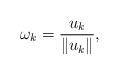
LaTeX: \begin{align*} \omega_k = \frac{u_k}{\|u_k\|},\end{align*}